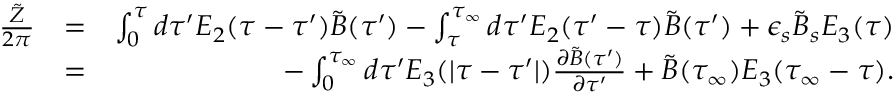
\begin{array} { r l r } { { \frac { \tilde { Z } } { 2 \pi } } } & { = } & { \int _ { 0 } ^ { \tau } d \tau ^ { \prime } E _ { 2 } ( \tau - \tau ^ { \prime } ) \tilde { B } ( \tau ^ { \prime } ) - \int _ { \tau } ^ { \tau _ { \infty } } d \tau ^ { \prime } E _ { 2 } ( \tau ^ { \prime } - \tau ) \tilde { B } ( \tau ^ { \prime } ) + \epsilon _ { s } \tilde { B } _ { s } E _ { 3 } ( \tau ) } \\ & { = } & { - \int _ { 0 } ^ { \tau _ { \infty } } d \tau ^ { \prime } E _ { 3 } ( \vert \tau - \tau ^ { \prime } \vert ) { \frac { \partial \tilde { B } ( \tau ^ { \prime } ) } { \partial \tau ^ { \prime } } } + \tilde { B } ( \tau _ { \infty } ) E _ { 3 } ( \tau _ { \infty } - \tau ) . } \end{array}